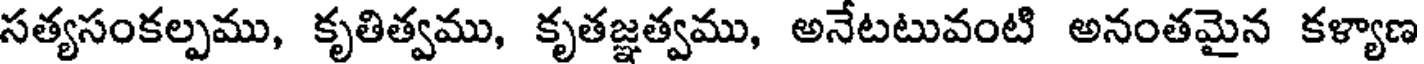
సత్యసంకల్పము, కృతిత్వము, కృతజ్ఞత్వము, అనేటటువంటి అనంతమైన కళ్యాణ